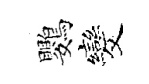
鸚发